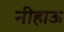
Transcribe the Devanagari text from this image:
नीहाऊ